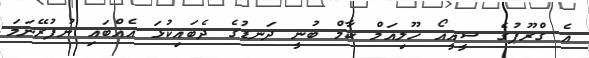
އެ ގްރޫޕުގެ ސީއީއޯ ހޫލިއަމް ކާމް ބުނީ ދަނޑުގެ ދެބައިކުޅަ އެއްބައި ނުފުރޭނަމަ